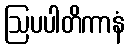
ဩပပါတိကာနံ